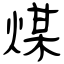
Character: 煤